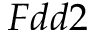
F d d 2